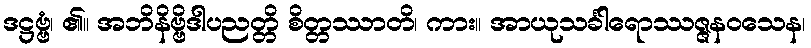
ဒဋ္ဌဗ္ဗံ၊ ၏။ အဘိနိဗ္ဗိဒါပညတ္တိ စိတ္တဿာတိ၊ ကား။ အာယုသင်္ခါရောဿဇ္ဇနဝသေန၊